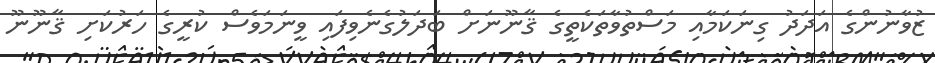
ޒުވާނުންގެ އަދަދު ގިނަކަމާއި މަސްތުވާތަކެތީގެ ޤާނޫނަށް ބަދަލުގެނެވިފައި ވީނަމަވެސް ކުރީގެ ހަރުކަށި ޤާނޫނޫ